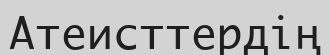
Атеисттердің